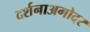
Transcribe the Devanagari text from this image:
दर्शनाअगोदर